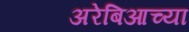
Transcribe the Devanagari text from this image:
अरेबिआच्या